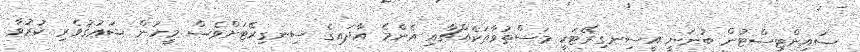
ސައިންޓިސްޓުން ބުނަނީ އީސިނގިރޭޓަކީ މަސްތުވާތަކެއްޗާއި އެންމެ އާދައިގެ ސިނގިރޭޓަށްވެސް މީހުން ޝަޢުޤުވެރި ކުރުވާ